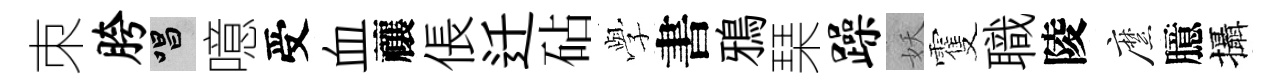
朿胯唱噫受血禳倀迁砧𫝯書鴉琹躁妖䨥職陵縻臆攝